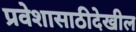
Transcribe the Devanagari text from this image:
प्रवेशासाठीदेखील